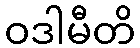
ဝဒါမီတိ